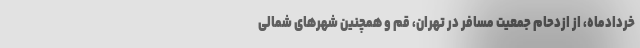
خردادماه، از ازدحام جمعیت مسافر در تهران، قم و همچنین شهرهای شمالی